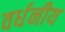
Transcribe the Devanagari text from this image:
वर्धनीय